Civil Veterinary Department. Madras. Admin. report 1910-25 - 1910-1925
Year: 1910
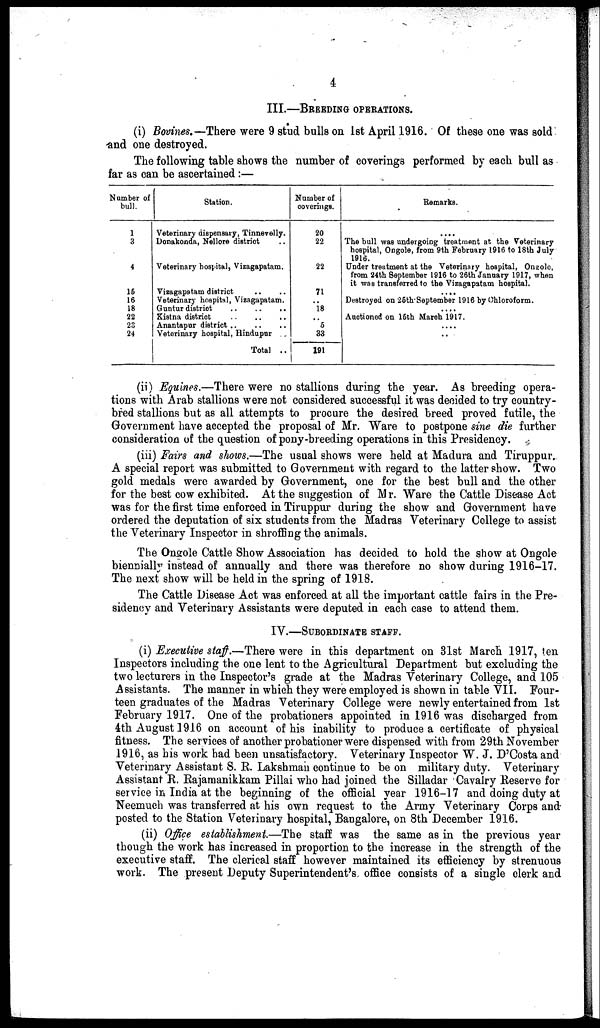
4
III.—BREEDING OPERATIONS.
(i) Bovines.—There were 9 stud bulls on 1st April 1916. Of these one was sold
and one destroyed.
The following table shows the number of coverings performed by each bull as
far as can be ascertained:—
Number of
bull.
1
3
4
15
16
18
22
23
24
Station.
Veterinary dispensary, Tinnevelly.
Donakonda, Nellore district ..
Veterinary hospital, Vizagapatam.
Vizagapatam district .. ..
Veterinary hospital, Vizagapatam.
Guntur district .. .. ..
Kistna district .. .. ..
Anantapar district .. .. ..
Veterinary hospital, Hindupur ..
Total ..
Number of
coverings.
20
22
22
71
..
18
5
33
191
Remarks.
....
The bull was undergoing treatment at the Veterinary
hospital, Ongole, from 9th February 1916 to 18th July
1916.
Under treatment at the Veterinary hospital, Ongole,
from 24th September 1916 to 26th January 1917, when
it was transferred to the Vizagapatam hospital.
....
Destroyed on 26th-September 1916 by Chloroform.
....
Auctioned on 16th March 1917.
....
..
(ii) Equines.—There were no stallions during the year. As breeding opera-
tions with Arab stallions were not considered successful it was decided to try country-
bred stallions but as all attempts to procure the desired breed proved futile, the
Government have accepted the proposal of Mr. Ware to postpone sine die further
consideration of the question of pony-breeding operations in this Presidency.
(iii) Fairs and shows.—The usual shows were held at Madura and Tiruppur,
A special report was submitted to Government with regard to the latter show. Two
gold medals were awarded by Government, one for the best bull and the other
for the best cow exhibited. At the suggestion of Mr. Ware the Cattle Disease Act
was for the first time enforced in Tiruppur during the show and Government have
ordered the deputation of six students from the Madras Veterinary College to assist
the Veterinary Inspector in shroffing the animals.
The Ongole Cattle Show Association has decided to hold the show at Ongole
biennially instead of annually and there was therefore no show during 1916-17.
The next show will be held in the spring of 1918.
The Cattle Disease Act was enforced at all the important cattle fairs in the Pre-
sidency and Veterinary Assistants were deputed in each case to attend them.
IV.—SUBORDINATE STAFF.
(i) Executive staff.—There were in this department on 31st March 1917, ten
Inspectors including the one lent to the Agricultural Department but excluding the
two lecturers in the Inspector's grade at the Madras Veterinary College, and 105
Assistants. The manner in which they were employed is shown in table VII. Four-
teen graduates of the Madras Veterinary College were newly entertained from 1st
February 1917. One of the probationers appointed in 1916 was discharged from
4th August 1916 on account of his inability to produce a certificate of physical
fitness. The services of another probationer were dispensed with from 29th November
1916, as his work had been unsatisfactory. Veterinary Inspector W. J. D'Costa and
Veterinary Assistant S. R. Lakshman continue to be on military duty. Veterinary
Assistant R. Rajamanikkam Pillai who had joined the Silladar Cavalry Reserve for
service in India at the beginning of the official year 1916-17 and doing duty at
Neemuch was transferred at his own request to the Army Veterinary Corps and
posted to the Station Veterinary hospital, Bangalore, on 8th December 1916.
(ii) Office establishment.—The staff was the same as in the previous year
though the work has increased in proportion to the increase in the strength of the
executive staff. The clerical staff however maintained its efficiency by strenuous
work. The present Deputy Superintendent's office consists of a single clerk and